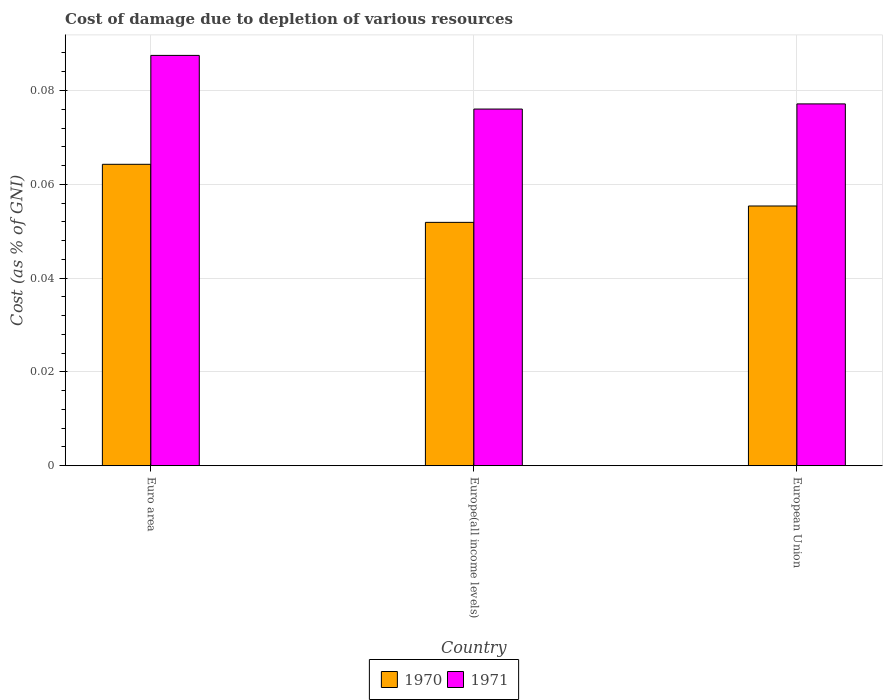
| Country | 1970 | 1971 |
 | --- | --- | --- |
 | Euro area | 0.0643 | 0.0875 |
 | Europe(all income levels) | 0.0519 | 0.076 |
 | European Union | 0.0554 | 0.0771 |